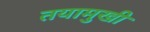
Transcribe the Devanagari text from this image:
तयामुखी